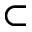
\subset